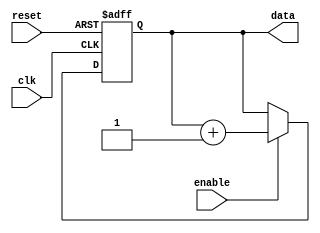
module repeat_loop (
    input wire clk,        // Clock signal
    input wire reset,      // Reset signal
    input wire enable,     // Enable signal to start the loop
    output reg [7:0] data  // Output data
);

    // Initialization
    initial begin
        data = 8'b0; // Starting value
    end

    // Always block for the repeat loop
    always @(posedge clk or posedge reset) begin
        if (reset) begin
            data <= 8'b0; // Reset data on reset signal
        end else if (enable) begin
            // Repeat loop behavior
            // Here, we can place the code that needs to be executed repeatedly
            data <= data + 1; // Example operation: Increment data
            // Add any additional operations as needed
        end
    end

endmodule